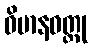
ဝိမာနဝတ္ထု